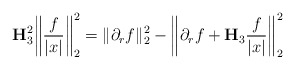
\begin{align*} \mathbf{H}_{3}^2 \bigg\| \frac{f}{|x|} \bigg\|_{2}^2 = \|\partial_r f\|_{2}^2 - \bigg\|\partial_r f + \mathbf{H}_{3} \frac{f}{|x|} \bigg\|_{2}^2 \end{align*}